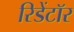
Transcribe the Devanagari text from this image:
रिडेंटॉर